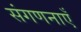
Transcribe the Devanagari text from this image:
संगणनाएँ